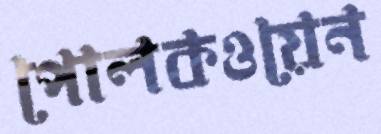
পোলকওয়েন